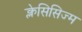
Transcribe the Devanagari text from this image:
क्लेसिसिज्म